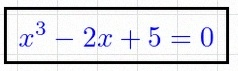
x^3-2x+5=0